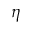
\eta